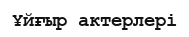
Ұйғыр актерлері